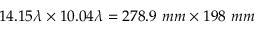
1 4 . 1 5 \lambda \times 1 0 . 0 4 \lambda = 2 7 8 . 9 ~ m m \times 1 9 8 ~ m m